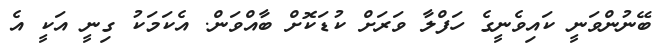
ބޭނުންވަނީ ކައިވެނީގެ ހަފްލާ ވަރަށް ކުޑަކޮށް ބާއްވަން. އެކަމަކު ގިނީ އަކީ އެ